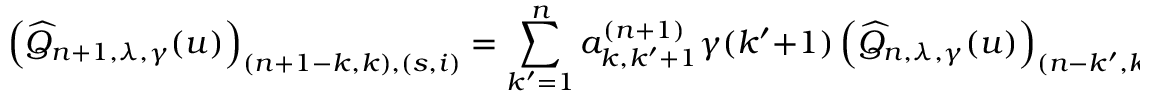
\left( \widehat { Q } _ { n + 1 , \lambda , \gamma } ( u ) \right) _ { ( n + 1 - k , k ) , ( s , i ) } = \sum _ { k ^ { \prime } = 1 } ^ { n } a _ { k , k ^ { \prime } + 1 } ^ { ( n + 1 ) } \gamma ( k ^ { \prime } + 1 ) \left( \widehat { Q } _ { n , \lambda , \gamma } ( u ) \right) _ { ( n - k ^ { \prime } , k ^ { \prime } ) , ( s , i ) } .